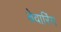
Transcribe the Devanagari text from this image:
बेवारिंग